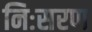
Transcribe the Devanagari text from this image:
निःसरण